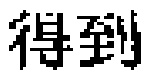
得到